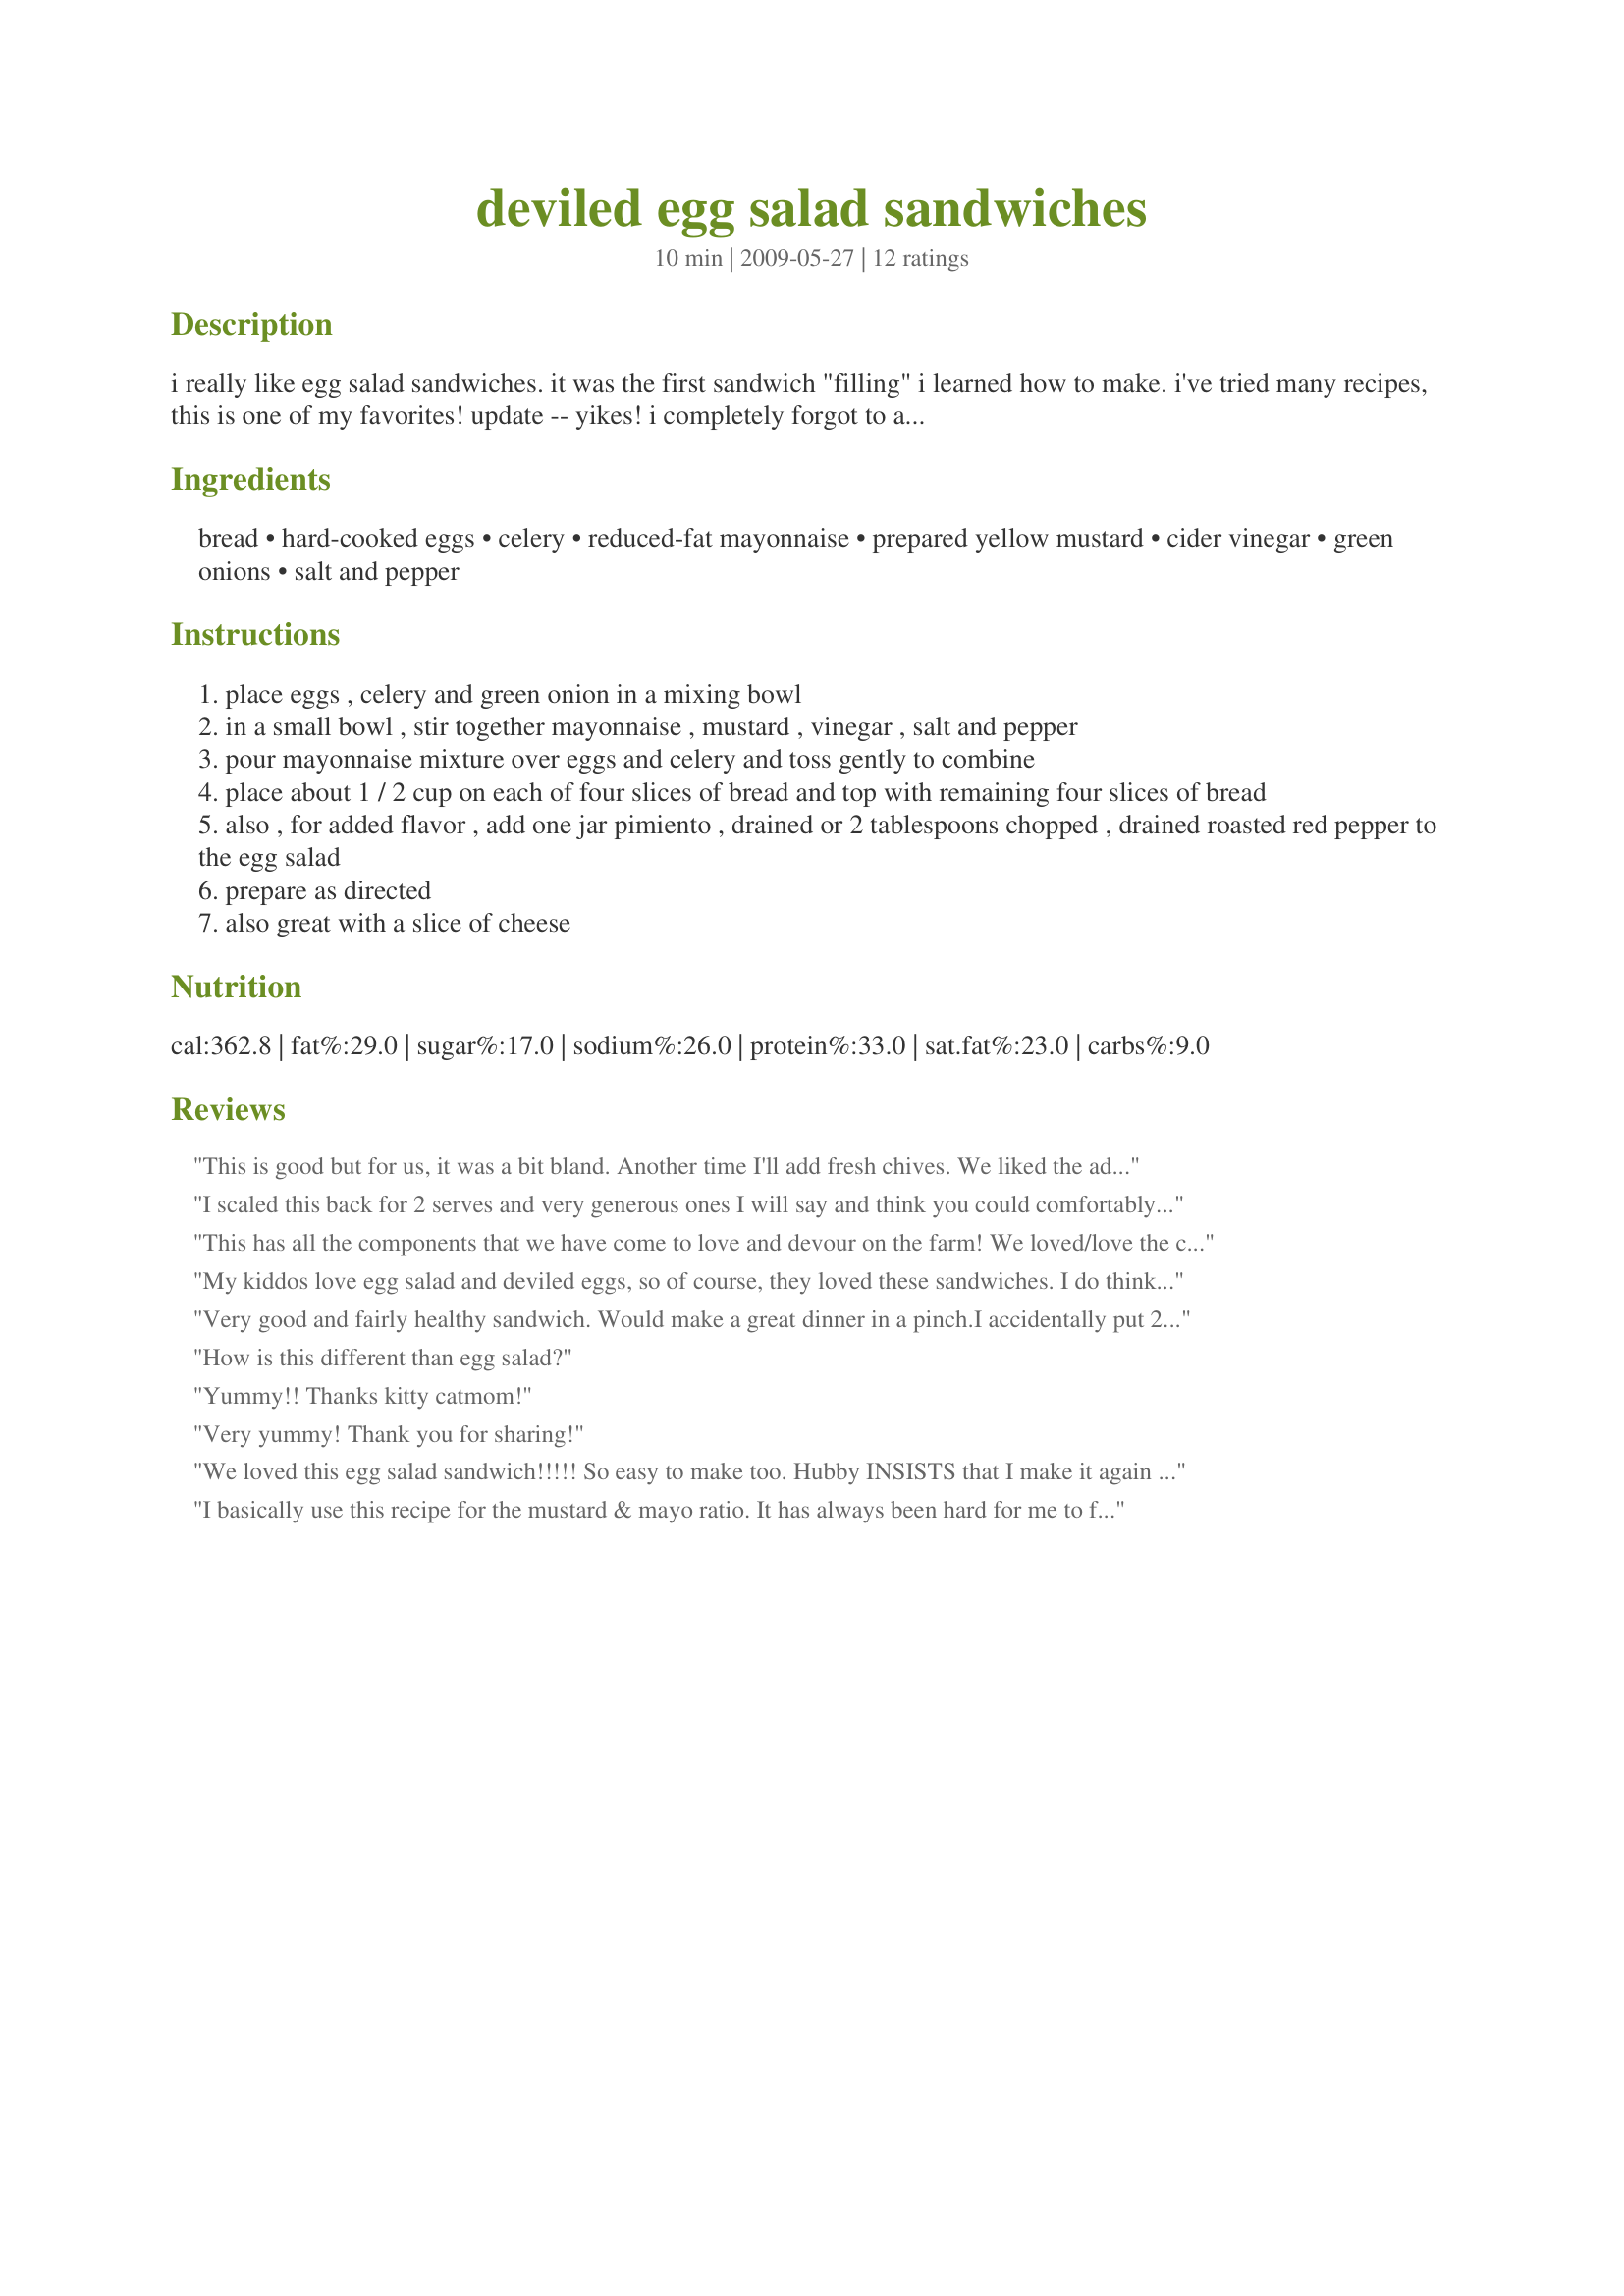
deviled egg salad sandwiches
Preparation time: 10 minutes

i really like egg salad sandwiches. it was the first sandwich "filling" i learned how to make. i've tried many recipes, this is one of my favorites!

update -- yikes! i completely forgot to add an ingredient! corrected recipe to add 2 tablespoons minced green onion.

Ingredients:
bread, hard-cooked eggs, celery, reduced-fat mayonnaise, prepared yellow mustard, cider vinegar, green onions, salt and pepper

Steps:
place eggs , celery and green onion in a mixing bowl
in a small bowl , stir together mayonnaise , mustard , vinegar , salt and pepper
pour mayonnaise mixture over eggs and celery and toss gently to combine
place about 1 / 2 cup on each of four slices of bread and top with remaining four slices of bread
also , for added flavor , add one jar pimiento , drained or 2 tablespoons chopped , drained roasted red pepper to the egg salad
prepare as directed
also great with a slice of cheese

Reviews:
This is good but for us, it was a bit bland. Another time I'll add fresh chives. We liked the addition of celery. Great idea :) Thanks Kitty :) Made for Holiday tag
I scaled this back for 2 serves and very generous ones I will say and think you could comfortably do 3 and at a pinch 4 especially if you were puting other fillings into the sandwich. Thank you kittycatmom for a lovely recipe that the DM and I enjoyed for lunch using wholemeal/wholegrain bread and to Debbwl for making sandwiches the tag in Everyday A Holiday tag game.
This has all the components that we have come to love and devour on the farm! We loved/love the crunch of celery, so instead of making this finely chopped, I left it as a big crunch (chopped) and it was truly delicious! I also love the use of yellow mustard and the cider vinegar just a refreshing snap. Instead of the 1/3 cup of low-fat mayo, I used full fat, but reduced to amount to 3 tablespoons and it was perfect. Thanks for posting such a delicious sammy!
My kiddos love egg salad and deviled eggs, so of course, they loved these sandwiches. I do think that you have to be a mustard fan to like this. (If you're not a mustard fan, just halve the amount, but don't skip it!) It's got a nice, tangy, deviled-egg flavor. Thanx for sharing!
Very good and fairly healthy sandwich. Would make a great dinner in a pinch.I accidentally put 2 T cider vinegar instead of 2 t... it was still great. Next time I'll start with 2 tsp and maybe add a little more to taste. Kids loved it. I used light Miracle Whip since I was out of Mayo. <br/><br/>thanks for the recipe!
How is this different than egg salad?
Yummy!! Thanks kitty catmom!
Very yummy! Thank you for sharing!
We loved this egg salad sandwich!!!!! So easy to make too. Hubby INSISTS that I make it again and I most certainly will. Thanks for sharing this. This will also be a fun recipe to add and/or exchange different ingredients for variety. It's a winner, kittycatmom, thanks so much for sharing it.
I basically use this recipe for the mustard & mayo ratio. It has always been hard for me to find the right ratio & this one hits it! I use Earth Balance mindful mayo or kraft mayo w/ olive oil & both taste great.
A simple and delicious egg salad. Thanks for sharing. Made for What&#039;s on the Menu tag.
I made this for DH but made a couple changes since he does not care for "crunch" in his egg salad. Instead of the celery I added celery seed and onion powder for the green onions. We both had a sandwich as soon as I finished mixing everything together! Very good egg salad and enjoyed the bit of zip from the yellow mustard and cider vinegar. Thank you so much hon for a sharing your egg salad recipe with us!
